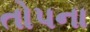
તોપના